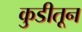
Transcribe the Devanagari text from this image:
कुडीतून